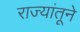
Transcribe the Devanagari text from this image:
राज्यांतूने